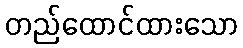
တည်ထောင်ထားသော